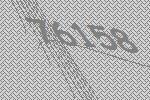
76158